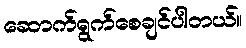
ဆောက်ရွက်စေချင်ပါတယ်။